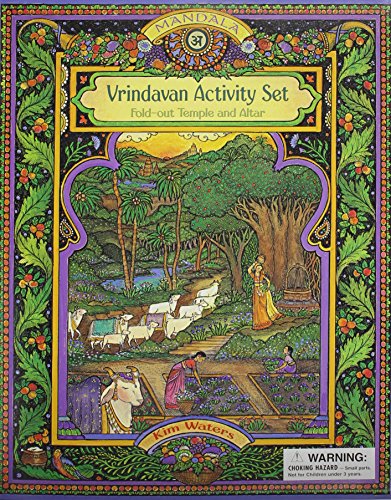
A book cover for Vrindavan Activity Set: Fold-Out Temple and Altar; Kim Waters; Children's Books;